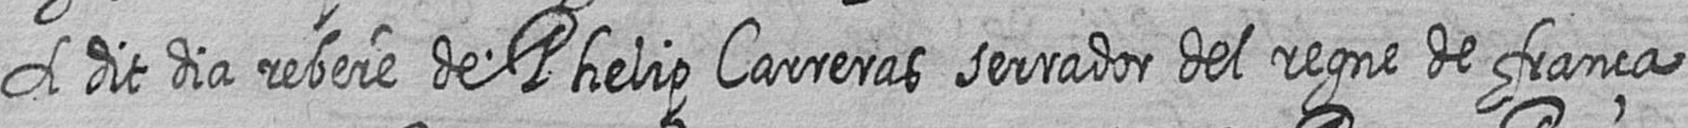
A dit dia rebere de Phelip Carreras serrador del regne de frança